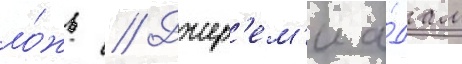
ло́жь // Джер'ем'и а́дам